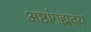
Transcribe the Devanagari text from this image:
अष्टांगह्मदय